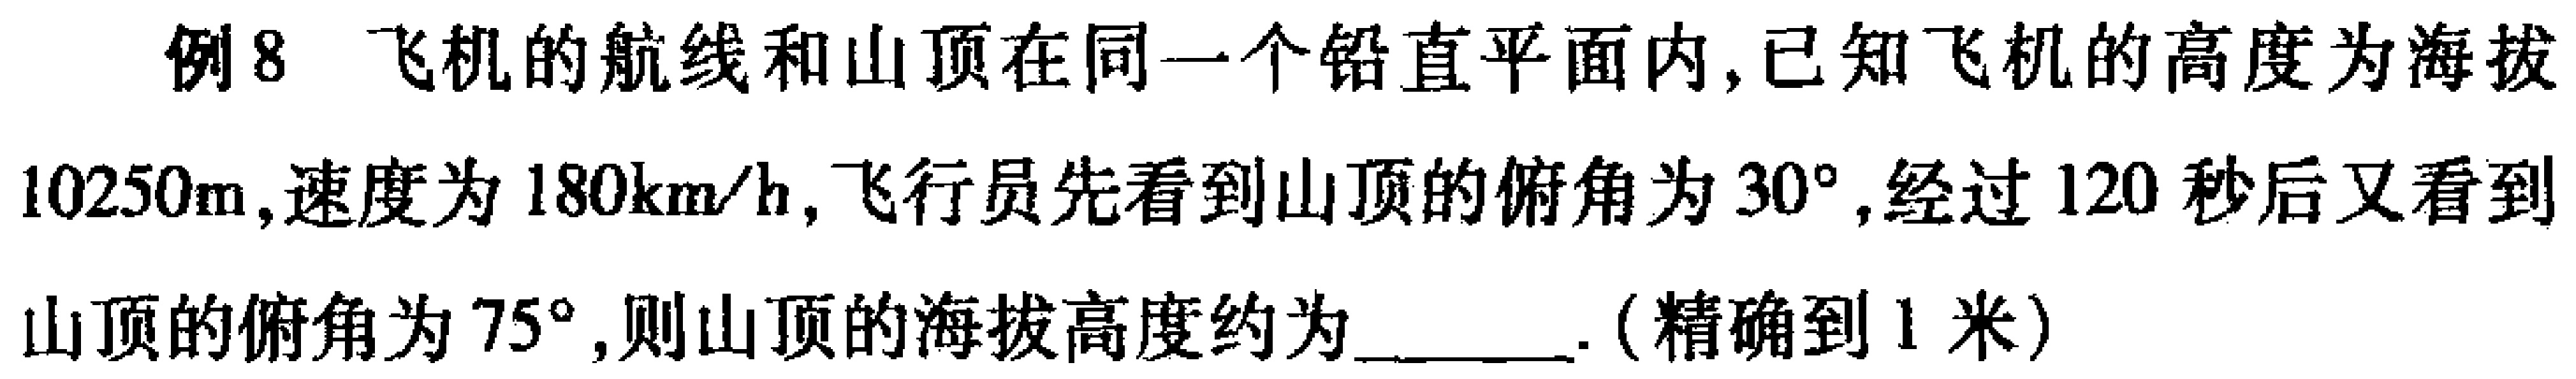
例8 飞机的航线和山顶在同一个铅直平面内,已知飞机的高度为海拔
$10250\text{m}$,速度为$180\text{km/h}$,飞行员先看到山顶的俯角为$30^{\circ}$,经过$120$秒后又看到
山顶的俯角为$75^{\circ}$,则山顶的海拔高度约为______.(精确到$1$米)